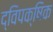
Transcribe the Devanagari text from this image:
द्विपक्षिक